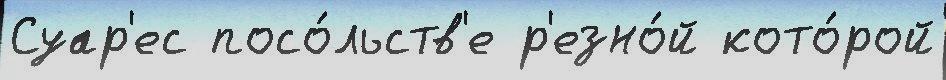
Суар'ес посо́льств'е р'езно́й кото́рой